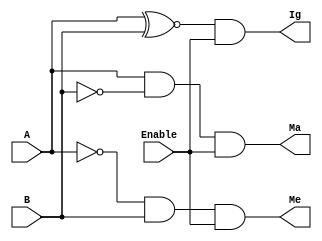
/* Prtica "Comparador"
Aluno: Alexandre Roque Silva de Paula
Professora: Mara Coelho
Disciplina: Sistemas Digitais |*/

module comparador1bit(A , B , Enable, Ig, Ma, Me);

	input A, B, Enable;
	output Ma, Me, Ig;
	
	assign Ma = (A & ~B) & Enable;
	
	assign Me = (~A & B) & Enable;
	
	assign Ig = (A ~^ B) & Enable;
	
endmodule